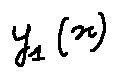
y _ { 1 } ( x )